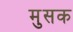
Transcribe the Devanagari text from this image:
मुसक